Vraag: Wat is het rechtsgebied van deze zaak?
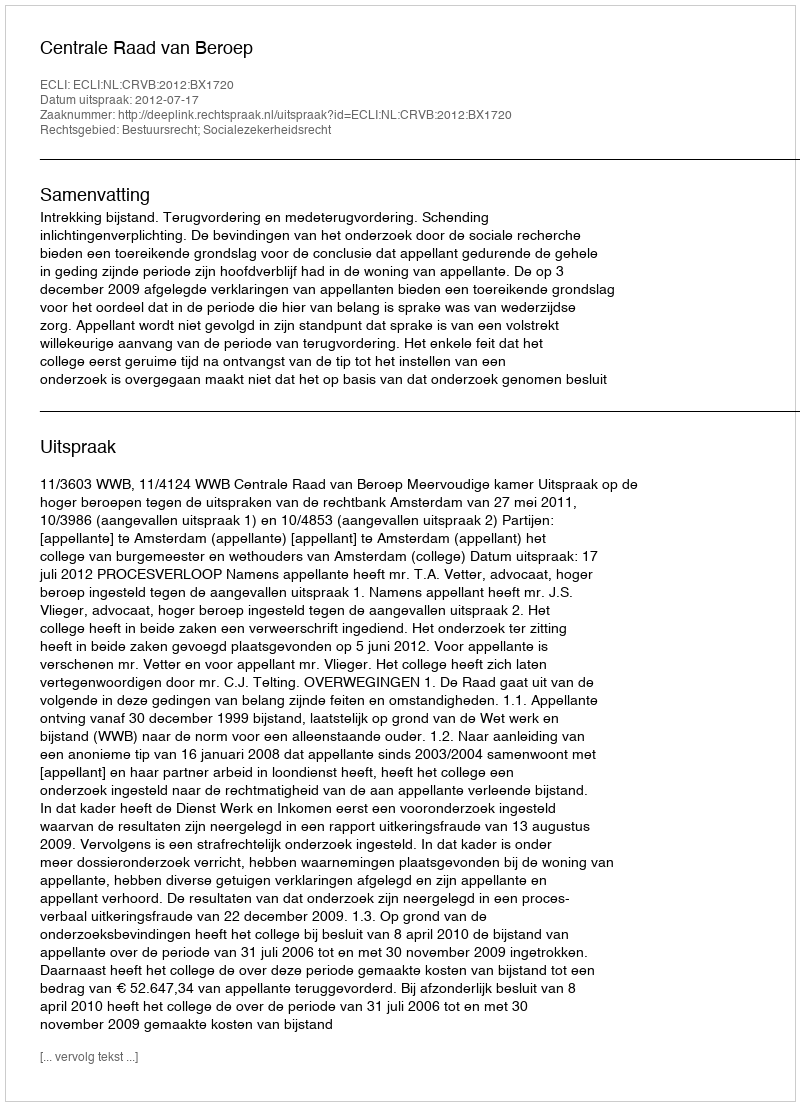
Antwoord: Bestuursrecht; Socialezekerheidsrecht